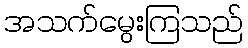
အသက်မွေးကြသည်